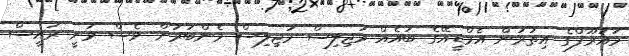
މައުރޫފްގެ އިތުރުން އެމްޑީއޭގެ ބައެއް މަޖިލިސް މަޖިލިސް މެންބަރުން ވެސް ވަނީ ރައީސް